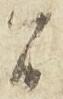
間